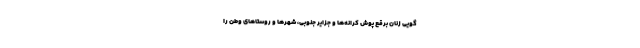
گویی زنانِ برقع پوش کرانه‌ها و جزایر جنوبی، شهرها و روستاهای وطن را